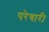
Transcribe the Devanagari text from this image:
परेवारी